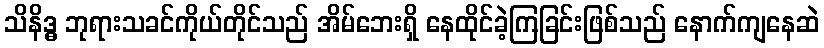
သိနိဒ္ဓ ဘုရားသခင်ကိုယ်တိုင်သည် အိမ်ဘေးရှိ နေထိုင်ခဲ့ကြခြင်းဖြစ်သည် နောက်ကျနေဆဲ